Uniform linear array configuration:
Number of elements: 24
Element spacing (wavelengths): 0.5
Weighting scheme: binomial
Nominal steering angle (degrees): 15
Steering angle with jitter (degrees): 16.727
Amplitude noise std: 0.05
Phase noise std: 0.05

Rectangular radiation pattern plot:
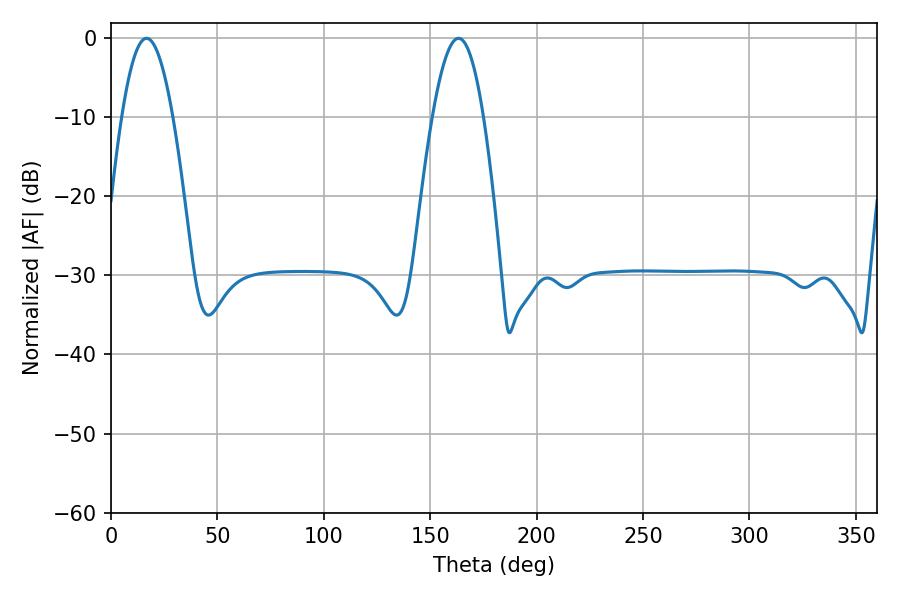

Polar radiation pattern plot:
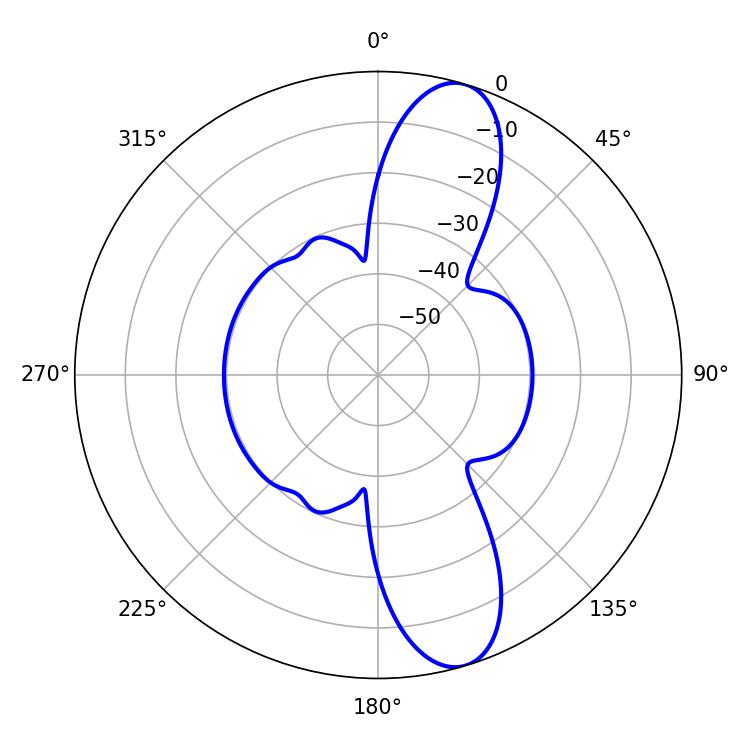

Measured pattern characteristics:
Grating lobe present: FALSE
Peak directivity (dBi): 11.497
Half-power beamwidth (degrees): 13.14
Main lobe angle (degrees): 16.74